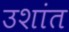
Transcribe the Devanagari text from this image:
उशांत